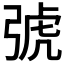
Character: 𢏯